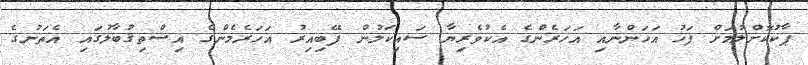
ޕާކުކޮށްލުމަށް ފަހު އަަހަންނާއި އަހަރެންގެ އެކުވެރިޔާ ސައިކަލުން ފޭބިއިރު އަހަރެމެންގެ އިސްތިޤުބާލުގައި އެތަނުގެ